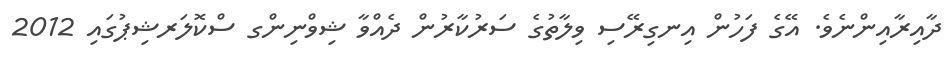
ދާއިރާއިންނެވެ. އޭގެ ފަހުން އިނގިރޭސި ވިލާތުގެ ސަރުކާރުން ދެއްވާ ޝިވްނިންގ ސްކޮލަރޝިޕުގައި 2012